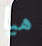
هيا